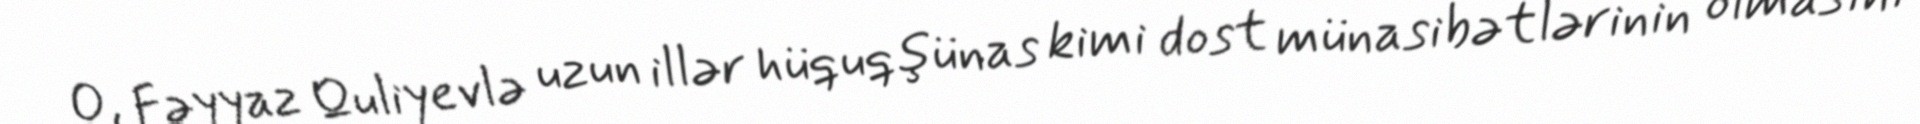
O, Fəyyaz Quliyevlə uzun illər hüquqşünas kimi dost münasibətlərinin olmasını